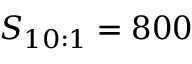
S _ { 1 0 : 1 } = 8 0 0